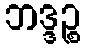
ဘဒ္ဒဉ္စ